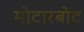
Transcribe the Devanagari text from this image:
मोटारबोट